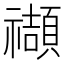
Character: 𥜝